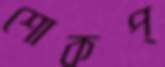
শোকপ্